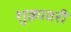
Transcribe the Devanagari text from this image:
शुक्रावरी